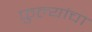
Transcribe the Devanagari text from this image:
फुल्यांचा